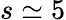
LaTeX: s\simeq 5